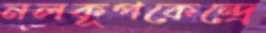
নলকূপকেন্দ্রে